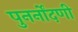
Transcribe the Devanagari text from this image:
पुनर्नोंदणी